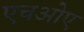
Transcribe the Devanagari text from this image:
एचओए